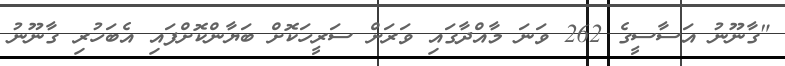
"ގާނޫނު އަސާސީގެ 262 ވަނަ މާއްދާގައި ވަރަށް ސަރީހަކޮށް ބަޔާންކޮށްފައި އެބަހުރި ގާނޫނު